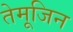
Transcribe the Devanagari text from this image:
तेमूजिन